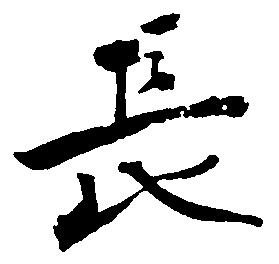
長